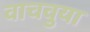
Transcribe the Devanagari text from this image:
वाचवुया